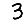
Digit: 3